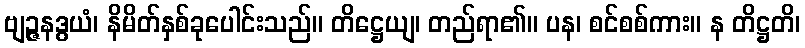
ဗျဉ္ဇနဒွယံ၊ နိမိတ်နှစ်ခုပေါင်းသည်။ တိဋ္ဌေယျ၊ တည်ရာ၏။ ပန၊ စင်စစ်ကား။ န တိဋ္ဌတိ၊